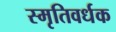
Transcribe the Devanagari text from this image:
स्मृतिवर्धक